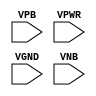
/**
 * Copyright 2020 The SkyWater PDK Authors
 *
 * Licensed under the Apache License, Version 2.0 (the "License");
 * you may not use this file except in compliance with the License.
 * You may obtain a copy of the License at
 *
 *     https://www.apache.org/licenses/LICENSE-2.0
 *
 * Unless required by applicable law or agreed to in writing, software
 * distributed under the License is distributed on an "AS IS" BASIS,
 * WITHOUT WARRANTIES OR CONDITIONS OF ANY KIND, either express or implied.
 * See the License for the specific language governing permissions and
 * limitations under the License.
 *
 * SPDX-License-Identifier: Apache-2.0
 */

`ifndef SKY130_FD_SC_HDLL__DECAP_PP_SYMBOL_V
`define SKY130_FD_SC_HDLL__DECAP_PP_SYMBOL_V

/**
 * decap: Decoupling capacitance filler.
 *
 * Verilog stub (with power pins) for graphical symbol definition
 * generation.
 *
 * WARNING: This file is autogenerated, do not modify directly!
 */

`timescale 1ns / 1ps
`default_nettype none

(* blackbox *)
module sky130_fd_sc_hdll__decap (
    //# {{power|Power}}
    input VPB ,
    input VPWR,
    input VGND,
    input VNB
);
endmodule

`default_nettype wire
`endif  // SKY130_FD_SC_HDLL__DECAP_PP_SYMBOL_V